Burma Government Medical School reports 1923-41
Year: 1923
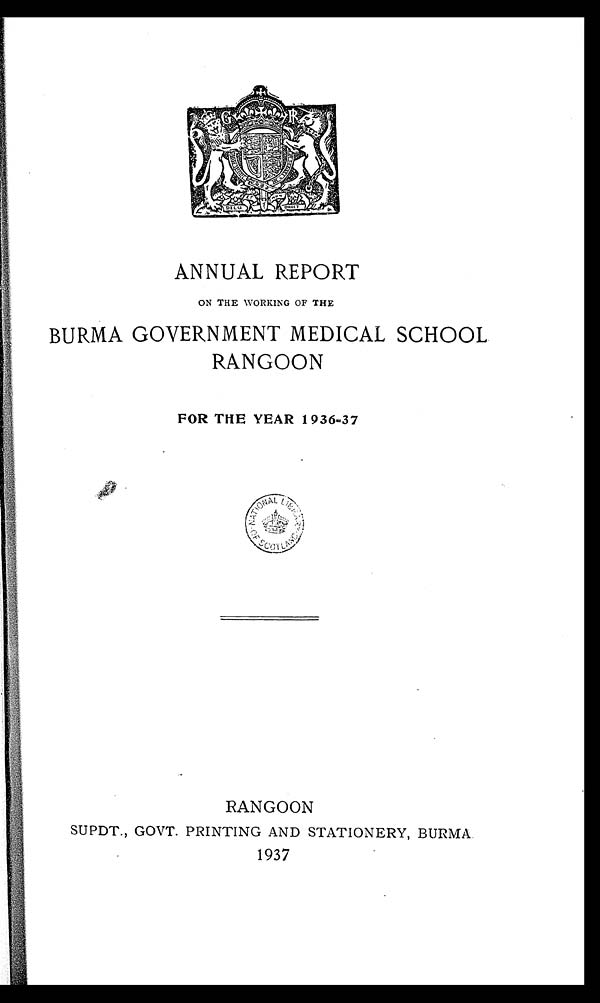
ANNUAL REPORT
ON THE WORKING OF THE
BURMA GOVERNMENT MEDICAL SCHOOL
RANGOON
FOR THE YEAR 1936=37
RANGOON
SUPDT., GOVT. PRINTING AND STATIONERY, BURMA
1937